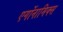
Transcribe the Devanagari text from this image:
एर्गोनामिक्स